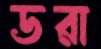
ডরা